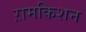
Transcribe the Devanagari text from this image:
ऱामकिशन